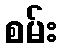
စမ်း